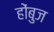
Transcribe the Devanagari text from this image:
होंबुज